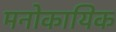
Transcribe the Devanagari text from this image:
मनोकायिक